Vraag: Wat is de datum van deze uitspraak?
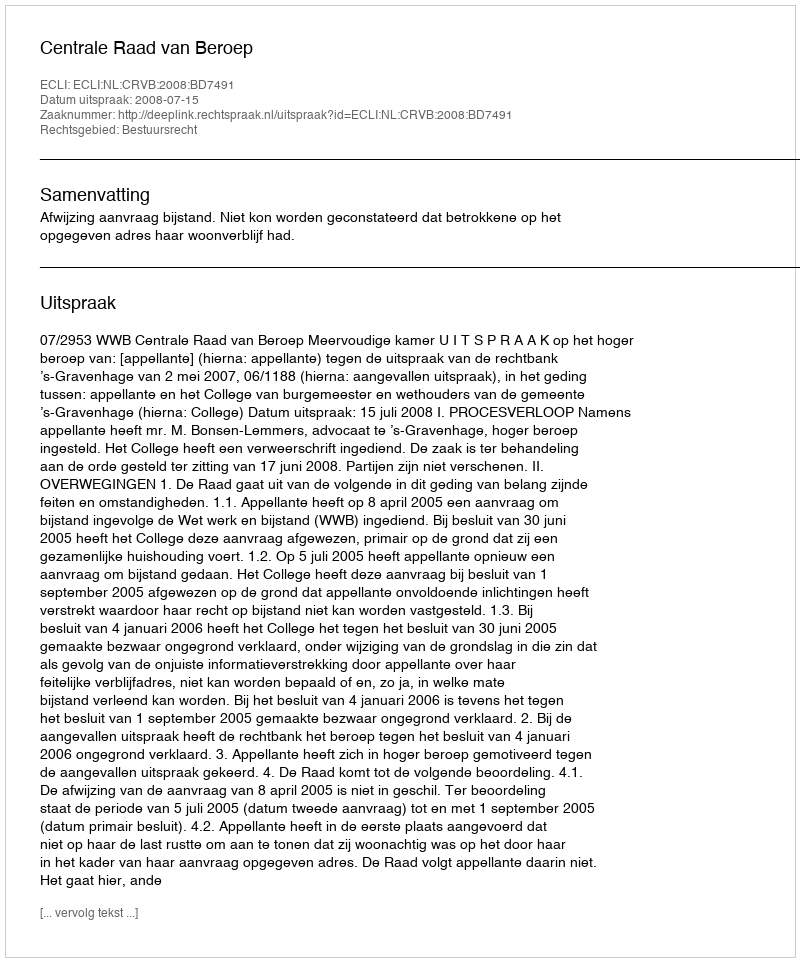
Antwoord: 2008-07-15